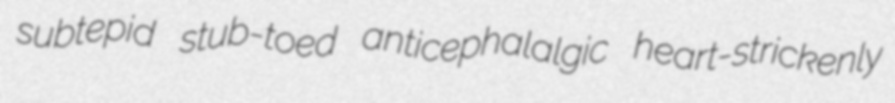
subtepid stub-toed anticephalalgic heart-strickenly